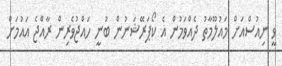
ވީ ނިއުސްއަށް މައުލޫމާތު ދެއްވަމުން އެ ކޯޕަރޭޝަނުން ބުނީ ހައްޖުވެރިން ރާއްޖެ އައުމަށް